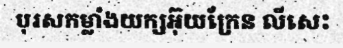
បុរសកម្លាំងយក្សអ៊ុយក្រែន លីសេះ